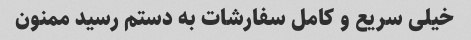
خیلی سریع و کامل سفارشات به دستم رسید ممنون